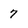
Character: 7